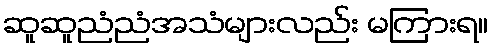
ဆူဆူညံညံအသံများလည်း မကြားရ။